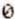
0